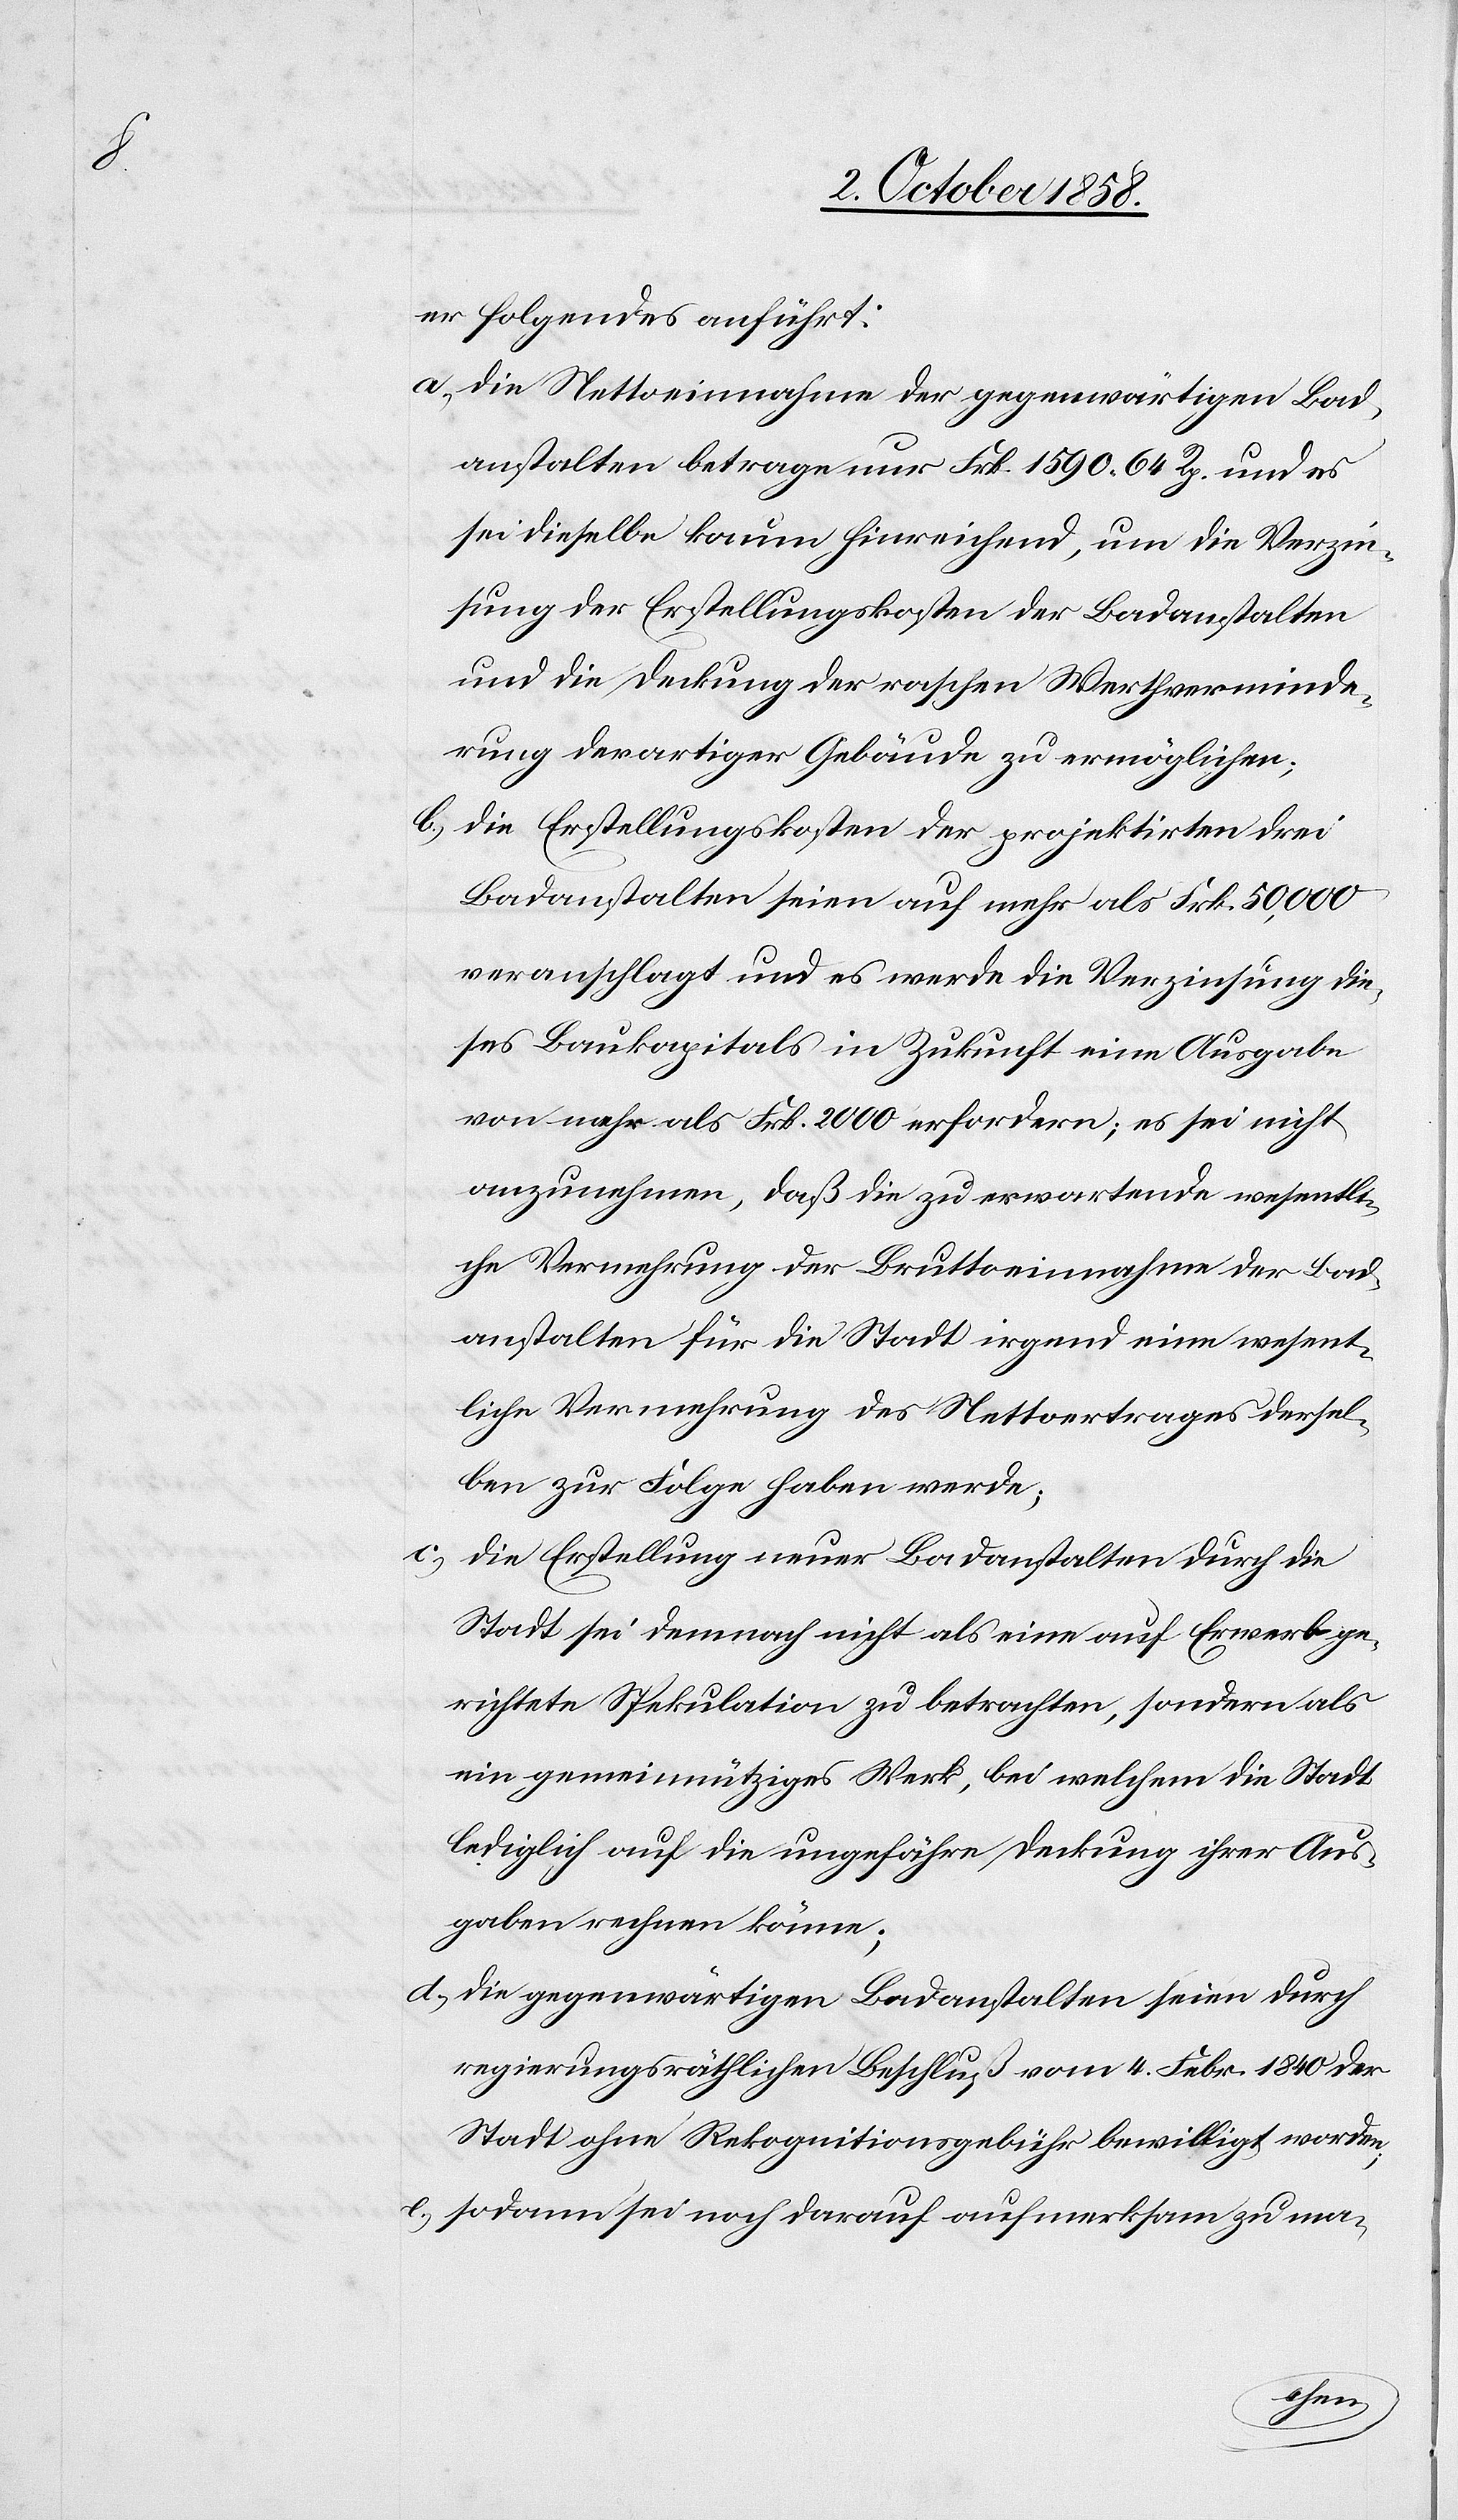
er folgendes anführt:
Die Nettoeinnahme der gegenwärtigen Bad¬
anstalten betrage nur Frk. 1590. 64 Rp. und es
sei dieselbe kaum hinreichend, um die Verzin¬
sung der Erstellungskosten der Badanstalten
und die Deckung der raschen Werthverminde¬
rung derartiger Gebäude zu ermöglichen;
die Erstellungskosten der projektirten drei
Badanstalten seien auf mehr als Frk. 50,000
veranschlagt und es werde die Verzinsung die¬
ses Baukapitals in Zukunft eine Ausgabe
von mehr als Frk. 2000 erfordern; es sei nicht
anzunehmen, daß die zu erwartende wesentli¬
che Vermehrung der Bruttoeinnahme der Bad¬
anstalten für die Stadt irgend eine wesent¬
liche Vermehrung des Nettoertrages dersel¬
ben zur Folge haben werde;
die Erstellung neuer Badanstalten durch die
Stadt sei demnach nicht als eine auf Erwerb ge¬
richtete Spekulation zu betrachten, sondern als
ein gemeinnütziges Werk, bei welchem die Stadt
lediglich auf die ungefähre Deckung ihrer Aus¬
gaben rechnen könne;
die gegenwärtigen Badanstalten seien durch
regierungsräthlichen Beschluß vom 4. Febr. 1840 der
Stadt ohne Rekognitionsgebühr bewilligt worden;
sodann sei noch darauf aufmerksam zu ma-